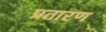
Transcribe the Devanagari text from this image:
प्रतारण